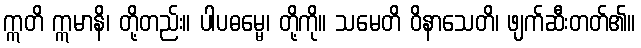
ဣတိ ဣမာနိ၊ တို့တည်း။ ပါပဓမ္မေ၊ တို့ကို။ သမေတိ ဝိနာသေတိ၊ ဖျက်ဆီးတတ်၏။